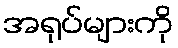
အရုပ်များကို